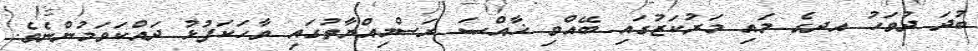
ބުދަ ދުވަހު އދގެ މައި މަރުކަޒުގައި ބޭއްވި ޚާއްޞަ ރަސްމިއްޔާތުގައި ވާހަކަފުޅު ދައްކަވަމުންނެވެ.